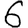
Digit: 6